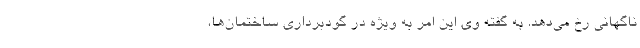
ناگهانی رخ می‌دهد. به گفته وی این امر به ویژه در گودبرداری ساختمان‌ها،